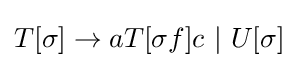
T[\sigma ]\to aT[\sigma f]c~|~U[\sigma ]